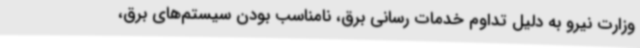
وزارت نیرو به دلیل تداوم خدمات رسانی برق، نامناسب بودن سیستم‌های برق،